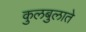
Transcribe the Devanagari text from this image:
कुलबुलाते